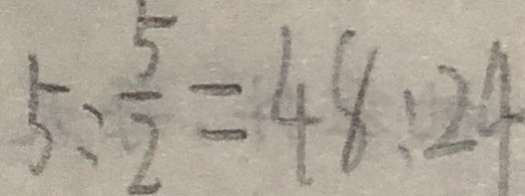
5 : \frac { 5 } { 2 } = 4 8 : 2 4